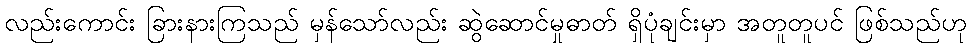
လည်းကောင်း ခြားနားကြသည် မှန်သော်လည်း ဆွဲဆောင်မှုဓာတ် ရှိပုံချင်းမှာ အတူတူပင် ဖြစ်သည်ဟု